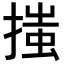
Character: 𢱟